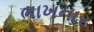
ભાખનાર